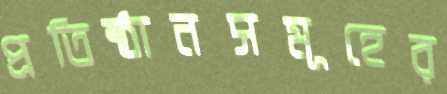
প্রতিষ্ঠানসমূহের